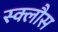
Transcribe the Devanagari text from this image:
स्क्लौस